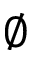
\emptyset